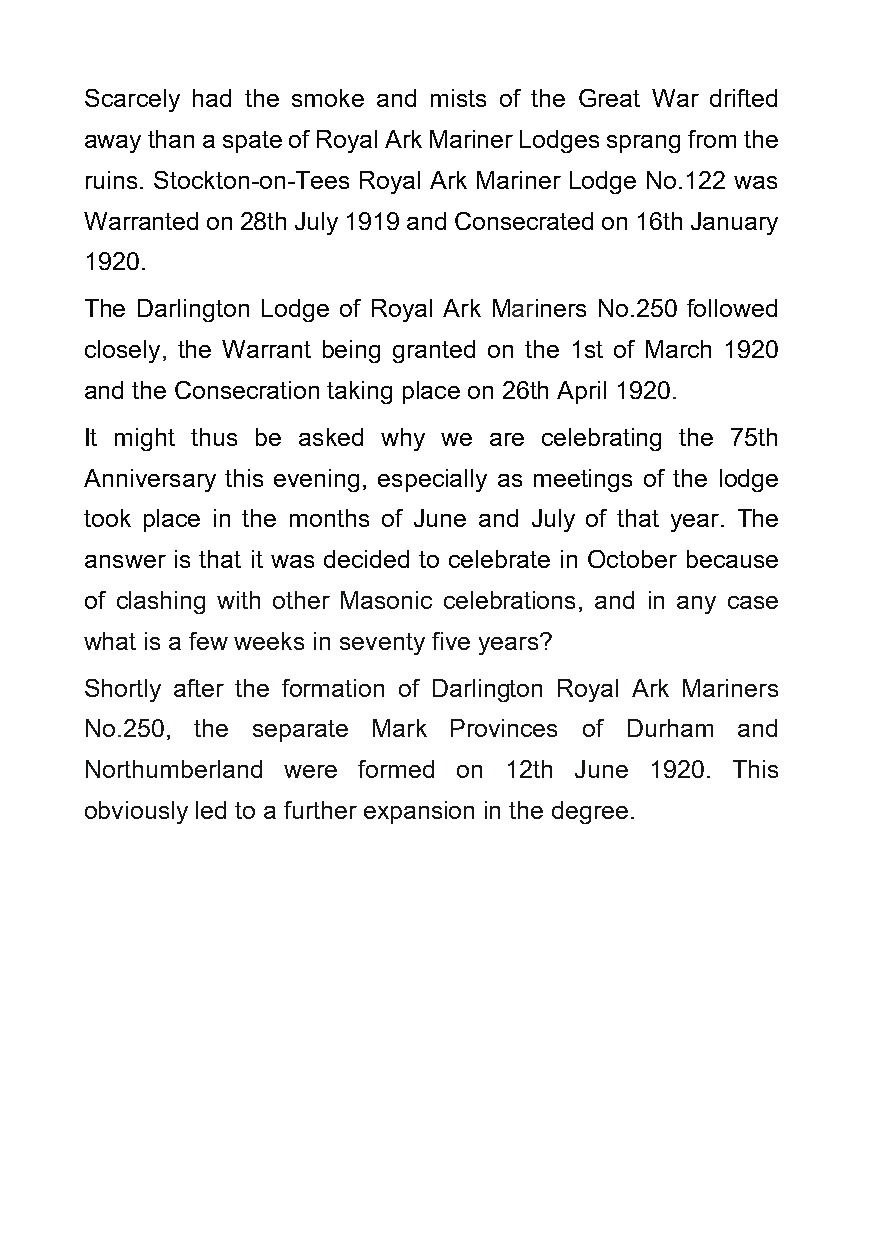
Scarcely had the smoke and mists of the Great War drifted
 away than a spate of Royal Ark Mariner Lodges sprang from the
 ruins. Stockton-on-Tees Royal Ark Mariner Lodge No.122 was
 Warranted on 28th July 1919 and Consecrated on 16th January
 1920.
 The Darlington Lodge of Royal Ark Mariners No.250 followed
 closely, the Warrant being granted on the 1st of March 1920
 and the Consecration taking place on 26th April 1920.
 It might thus be asked why we are celebrating the 75th
 Anniversary this evening, especially as meetings of the lodge
 took place in the months of June and July of that year. The
 answer is that it was decided to celebrate in October because
 of clashing with other Masonic celebrations, and in any case
 what is a few weeks in seventy five years?
 Shortly after the formation of Darlington Royal Ark Mariners
 No.250, the separate Mark Provinces of Durham and
 Northumberland were formed on 12th June 1920. This
 obviously led to a further expansion in the degree.